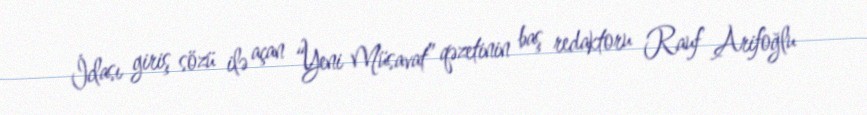
İclası giriş sözü ilə açan “Yeni Müsavat” qəzetinin baş redaktoru Rauf Arifoğlu